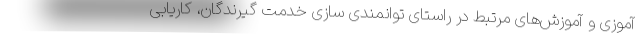
آموزی و آموزش‌های مرتبط در راستای توانمندی سازی خدمت گیرندگان، کاریابی